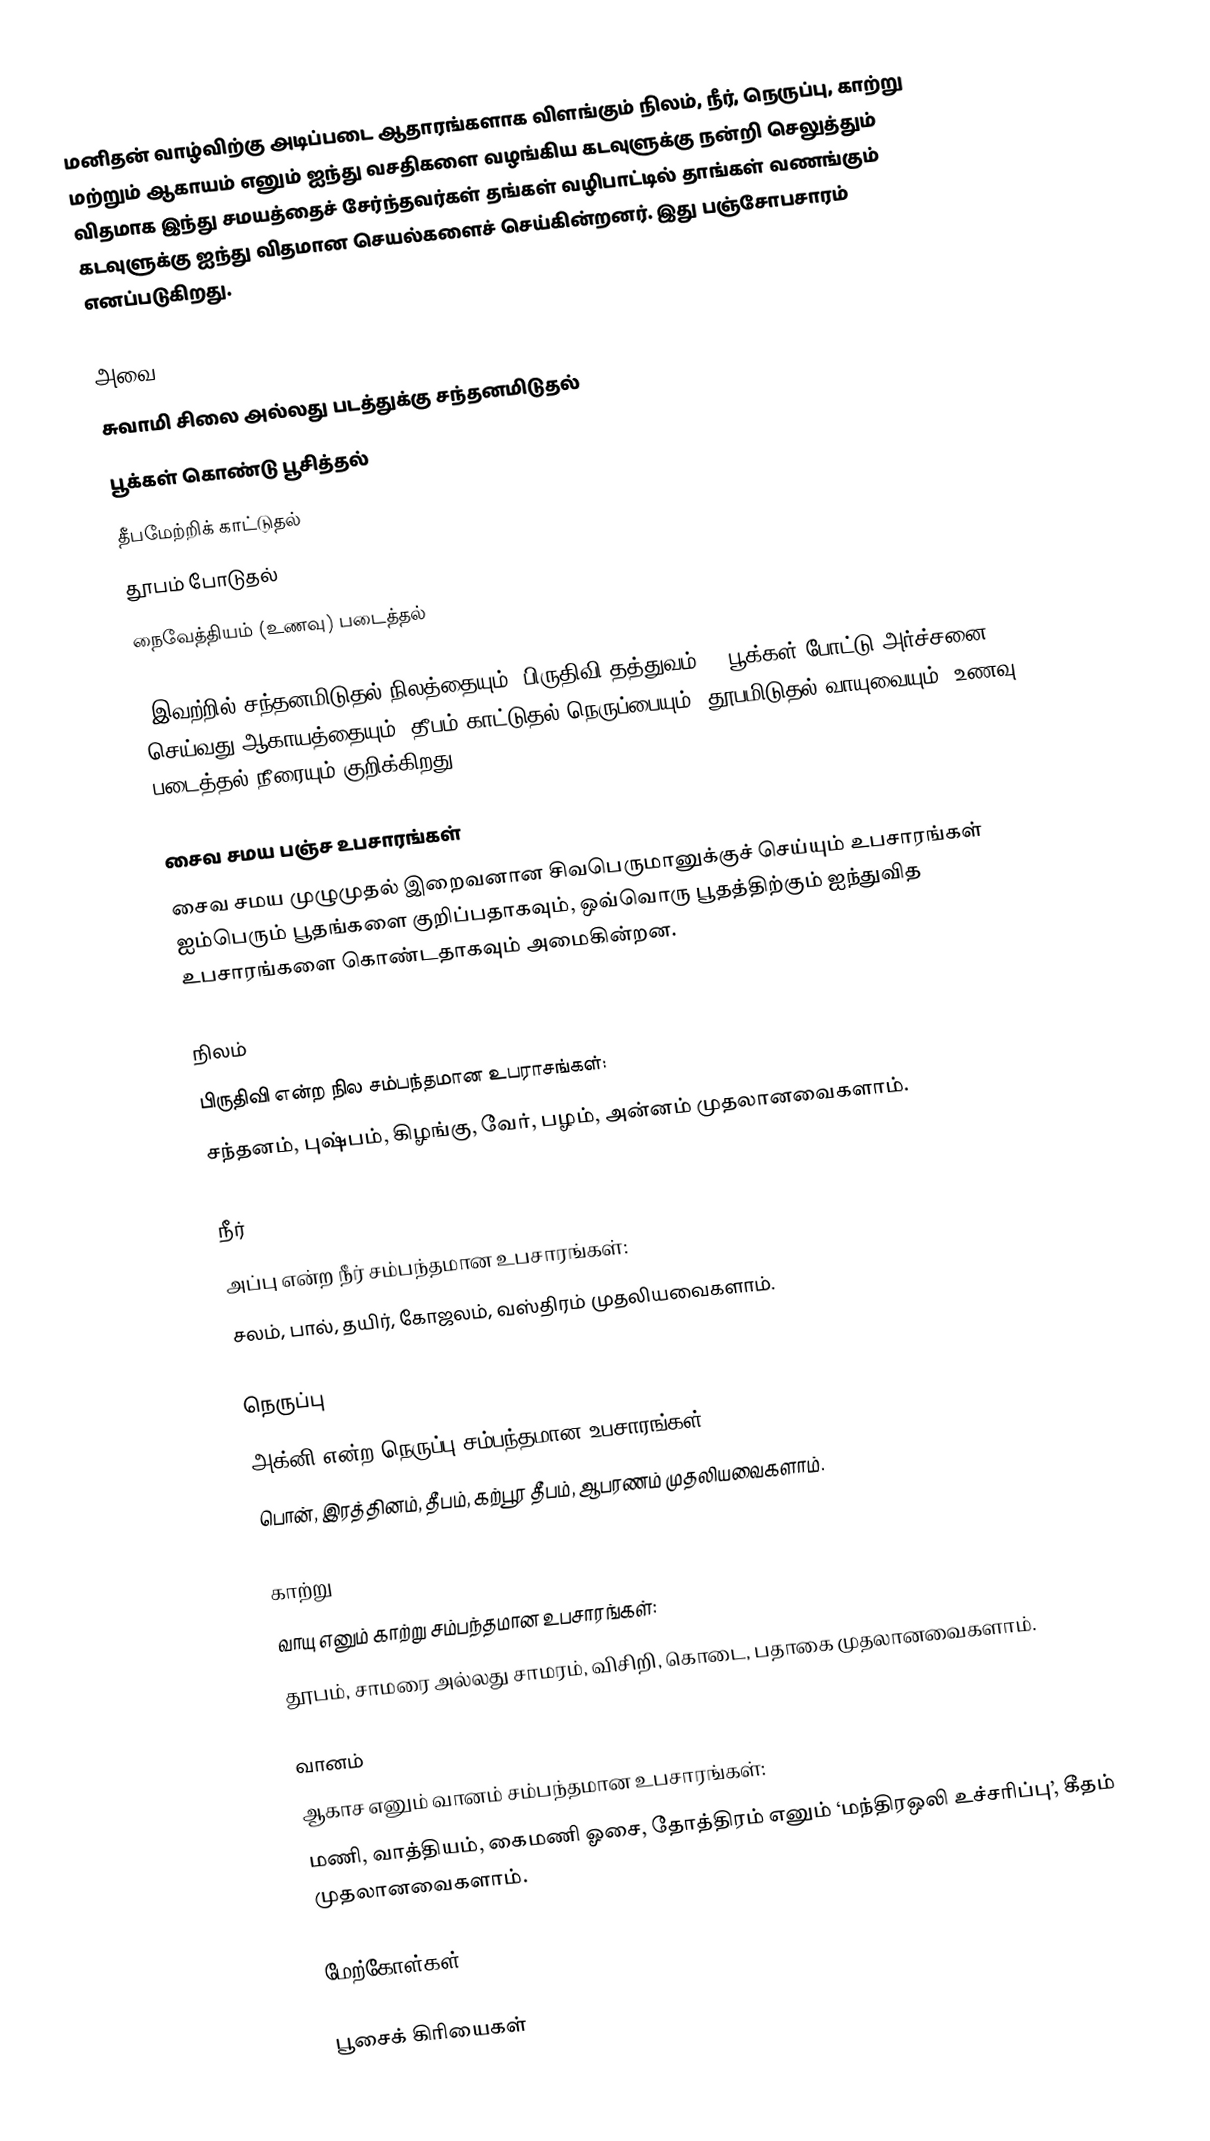
மனிதன் வாழ்விற்கு அடிப்படை ஆதாரங்களாக விளங்கும் நிலம், நீர், நெருப்பு, காற்று மற்றும் ஆகாயம் எனும் ஐந்து வசதிகளை வழங்கிய கடவுளுக்கு நன்றி செலுத்தும் விதமாக இந்து சமயத்தைச் சேர்ந்தவர்கள் தங்கள் வழிபாட்டில் தாங்கள் வணங்கும் கடவுளுக்கு ஐந்து விதமான செயல்களைச் செய்கின்றனர். இது பஞ்சோபசாரம் எனப்படுகிறது.

அவை
சுவாமி சிலை அல்லது படத்துக்கு சந்தனமிடுதல்
பூக்கள் கொண்டு பூசித்தல்
தீபமேற்றிக் காட்டுதல்
தூபம் போடுதல்
நைவேத்தியம் (உணவு) படைத்தல்

-இவற்றில் சந்தனமிடுதல் நிலத்தையும் (பிருதிவி தத்துவம்) , பூக்கள் போட்டு அர்ச்சனை செய்வது ஆகாயத்தையும், தீபம் காட்டுதல் நெருப்பையும், தூபமிடுதல் வாயுவையும், உணவு படைத்தல் நீரையும் குறிக்கிறது.

சைவ சமய பஞ்ச உபசாரங்கள்
சைவ சமய முழுமுதல் இறைவனான சிவபெருமானுக்குச் செய்யும் உபசாரங்கள் ஐம்பெரும் பூதங்களை குறிப்பதாகவும், ஒவ்வொரு பூதத்திற்கும்  ஐந்துவித உபசாரங்களை கொண்டதாகவும் அமைகின்றன.

நிலம்
பிருதிவி என்ற நில சம்பந்தமான உபராசங்கள்:
சந்தனம், புஷ்பம், கிழங்கு, வேர், பழம், அன்னம் முதலானவைகளாம்.

நீர்
அப்பு என்ற நீர் சம்பந்தமான உபசாரங்கள்:
சலம், பால், தயிர், கோஜலம், வஸ்திரம் முதலியவைகளாம்.

நெருப்பு
அக்னி என்ற நெருப்பு சம்பந்தமான உபசாரங்கள்:
பொன், இரத்தினம், தீபம், கற்பூர தீபம், ஆபரணம் முதலியவைகளாம்.

காற்று
வாயு எனும் காற்று சம்பந்தமான உபசாரங்கள்:
தூபம், சாமரை அல்லது சாமரம், விசிறி, கொடை, பதாகை முதலானவைகளாம்.

வானம்
ஆகாச எனும் வானம் சம்பந்தமான உபசாரங்கள்:
மணி, வாத்தியம், கைமணி ஓசை, தோத்திரம் எனும் ‘மந்திரஒலி உச்சரிப்பு’, கீதம் முதலானவைகளாம்.

மேற்கோள்கள்

பூசைக் கிரியைகள்